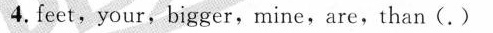
4.feet,your,bigger,mine,are,than( . )